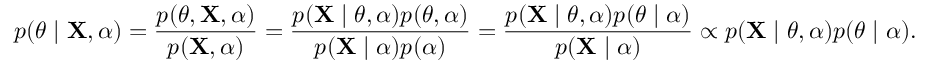
p ( \theta \mid \mathbf { X } , \alpha ) = { \frac { p ( \theta , \mathbf { X } , \alpha ) } { p ( \mathbf { X } , \alpha ) } } = { \frac { p ( \mathbf { X } \mid \theta , \alpha ) p ( \theta , \alpha ) } { p ( \mathbf { X } \mid \alpha ) p ( \alpha ) } } = { \frac { p ( \mathbf { X } \mid \theta , \alpha ) p ( \theta \mid \alpha ) } { p ( \mathbf { X } \mid \alpha ) } } \propto p ( \mathbf { X } \mid \theta , \alpha ) p ( \theta \mid \alpha ) .